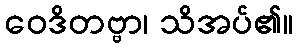
ဝေဒိတဗ္ဗာ၊ သိအပ်၏။